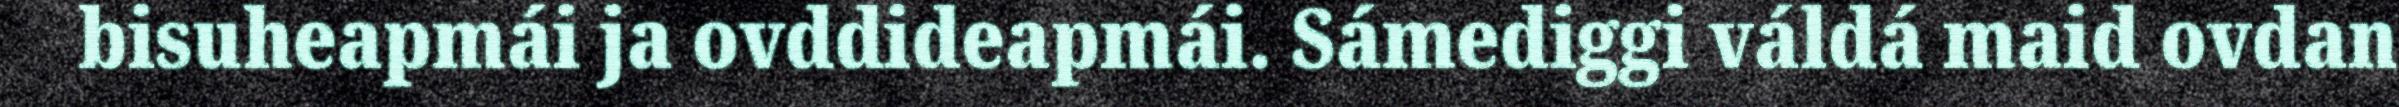
bisuheapmái ja ovddideapmái. Sámediggi váldá maid ovdan